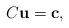
LaTeX: \begin{align*}C\mathbf{u} = \mathbf{c},\end{align*}